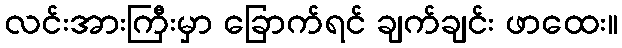
လင်းအားကြီးမှာ ခြောက်ရင် ချက်ချင်း ဖာထေး။